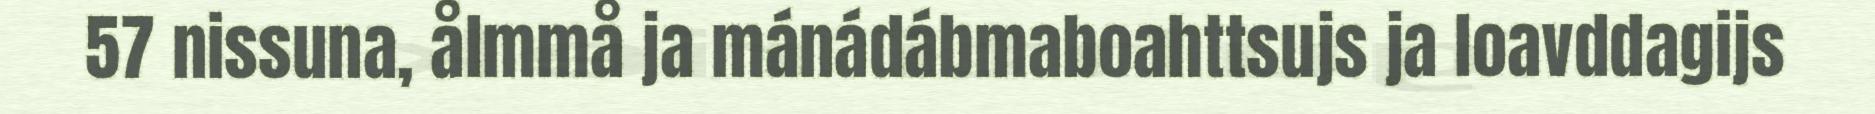
57 nissuna, ålmmå ja mánádábmaboahttsujs ja loavddagijs